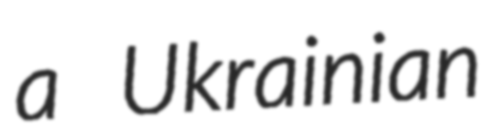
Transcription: a Ukrainian